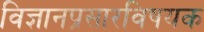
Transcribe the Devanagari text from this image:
विज्ञानप्रसारविषयक